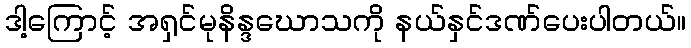
ဒါ့ကြောင့် အရှင်မုနိန္ဒဃောသကို နယ်နှင်ဒဏ်ပေးပါတယ်။